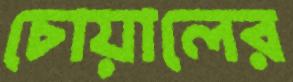
চোয়ালের